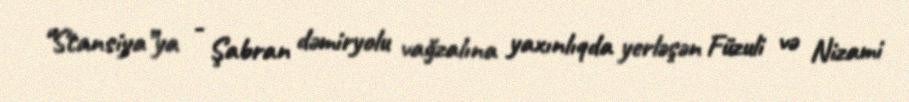
“Stansiya”ya - Şabran dəmiryolu vağzalına yaxınlıqda yerləşən Füzuli və Nizami